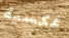
عكسية